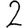
Digit: 2